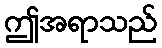
ဤအရာသည်